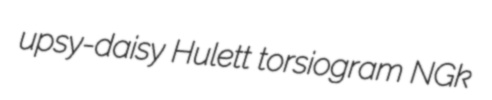
upsy-daisy Hulett torsiogram NGk